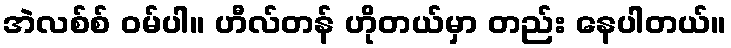
အဲလစ်စ် ဝမ်ပါ။ ဟီလ်တန် ဟိုတယ်မှာ တည်း နေပါတယ်။